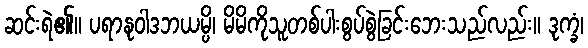
ဆင်းရဲ၏။ ပရာနုဝါဒဘယမ္ပိ၊ မိမိကိုသူတစ်ပါးစွပ်စွဲခြင်းဘေးသည်လည်း။ ဒုက္ခံ၊